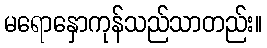
မရောနှောကုန်သည်သာတည်း။